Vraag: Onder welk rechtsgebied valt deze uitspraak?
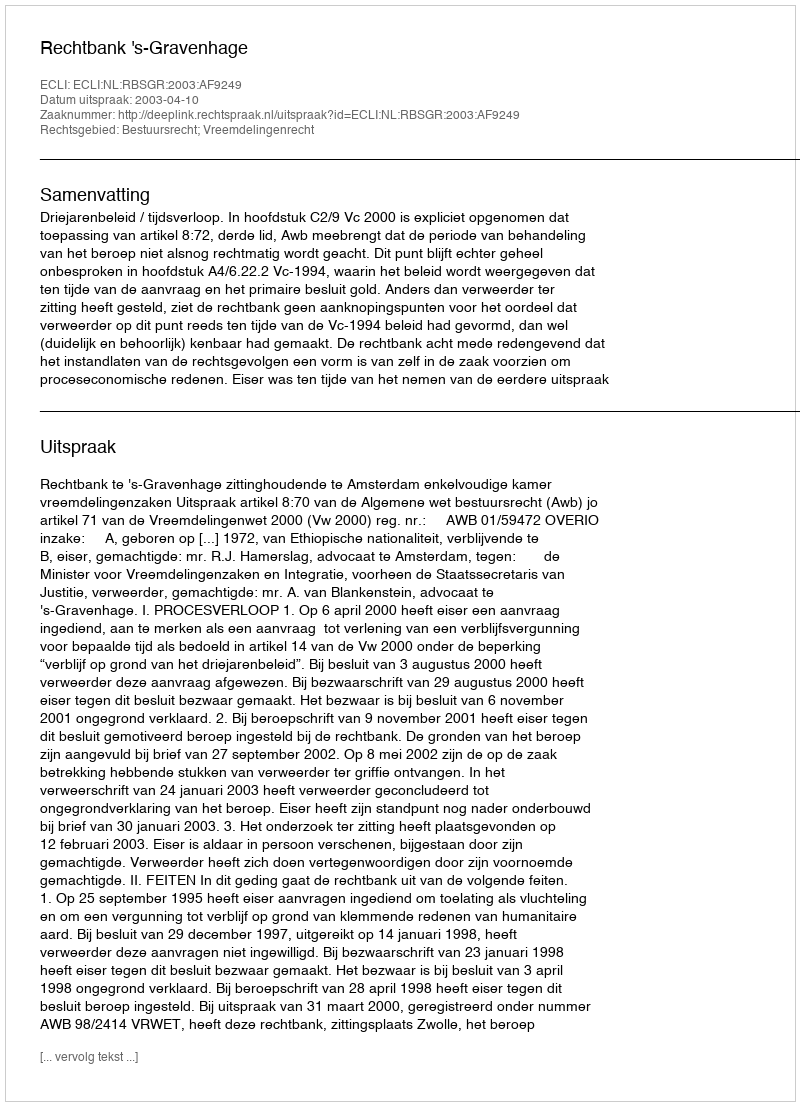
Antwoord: Bestuursrecht; Vreemdelingenrecht